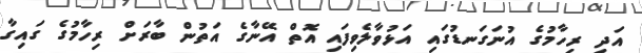
އަދި ރިހާމުގެ އުނަގަނޑުގައި އަޅުވާލެވިފައި އޮތް އޭނާގެ އަތުން ބާރަށް ރިހާމުގެ ގައިގާ